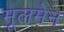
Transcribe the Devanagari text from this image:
मूलमेन